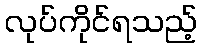
လုပ်ကိုင်ရသည့်